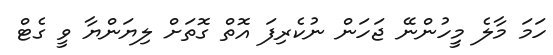
ހަމަ މާލެ މީިހުންނޭ ޖަހަން ނުކެރިފަ އޮތް ގޮތަށް ލިޔަންޔާ ވީ ގެޓް